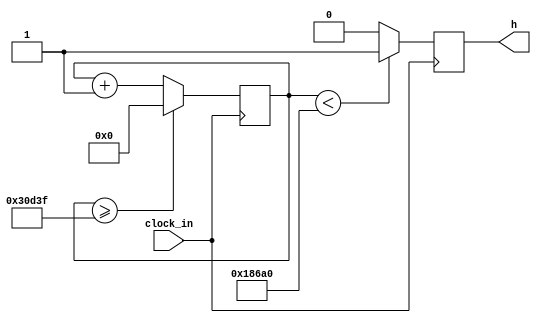
`timescale 1ns / 1ps
//////////////////////////////////////////////////////////////////////////////////
// Company: 
// Engineer: 
// 
// Design Name: 
// Module Name:    clock_500hz 
// Project Name: 
// Target Devices: 
// Tool versions: 
// Description: 
//
// Dependencies: 
//
// Revision: 
// Revision 0.01 - File Created
// Additional Comments: 
//
//////////////////////////////////////////////////////////////////////////////////
module clock_500hz(input clock_in, output reg h);

reg [27:0]  counter = 28'd0;
parameter DIVISOR = 28'd200000;
always @(posedge clock_in)
begin
counter <= counter + 28'd1;
if (counter >=(DIVISOR-1))
counter <= 28'd0;
h <= (counter<DIVISOR/2)?1'b1:1'b0;

end

endmodule